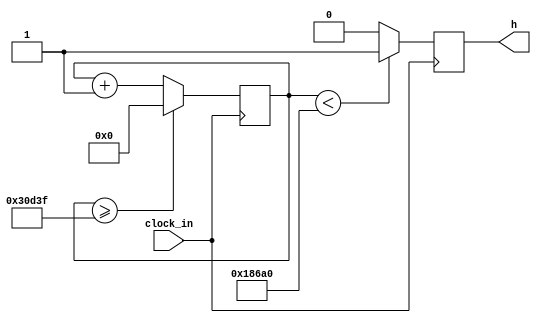
`timescale 1ns / 1ps
//////////////////////////////////////////////////////////////////////////////////
// Company: 
// Engineer: 
// 
// Design Name: 
// Module Name:    clock_500hz 
// Project Name: 
// Target Devices: 
// Tool versions: 
// Description: 
//
// Dependencies: 
//
// Revision: 
// Revision 0.01 - File Created
// Additional Comments: 
//
//////////////////////////////////////////////////////////////////////////////////
module clock_500hz(input clock_in, output reg h);

reg [27:0]  counter = 28'd0;
parameter DIVISOR = 28'd200000;
always @(posedge clock_in)
begin
counter <= counter + 28'd1;
if (counter >=(DIVISOR-1))
counter <= 28'd0;
h <= (counter<DIVISOR/2)?1'b1:1'b0;

end

endmodule